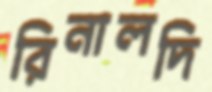
রিনালদি